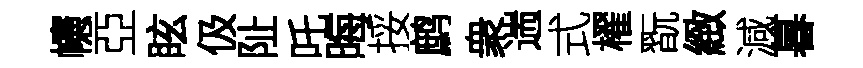
幰亞眩伋阯吒晦挼鹧衆遄式櫂翫緻減暮